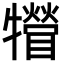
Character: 㹙